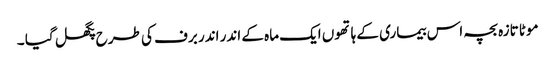
موٹا تازہ بچہ اس بیماری کے ہاتھوں ایک ماہ کے اندر اندر برف کی طرح پگھل گیا ۔